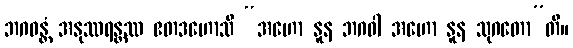
ဘဂဝန္တံ အနုဿရန္တဿ ဧတဒဟောသိ “အဟော နူန ဘဂဝါ အဟော နူန သုဂတော”တိ။